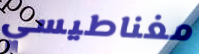
مغناطيسي